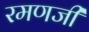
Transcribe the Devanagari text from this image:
रमणजी